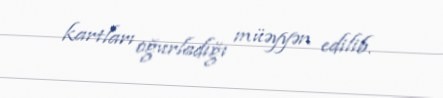
kartları oğurladığı müəyyən edilib.